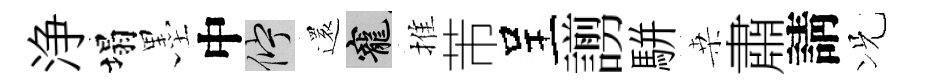
浄塌墨中伫還寵推芾呈謭駢桒肅請况